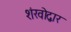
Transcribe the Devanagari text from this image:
शंखोद्वार